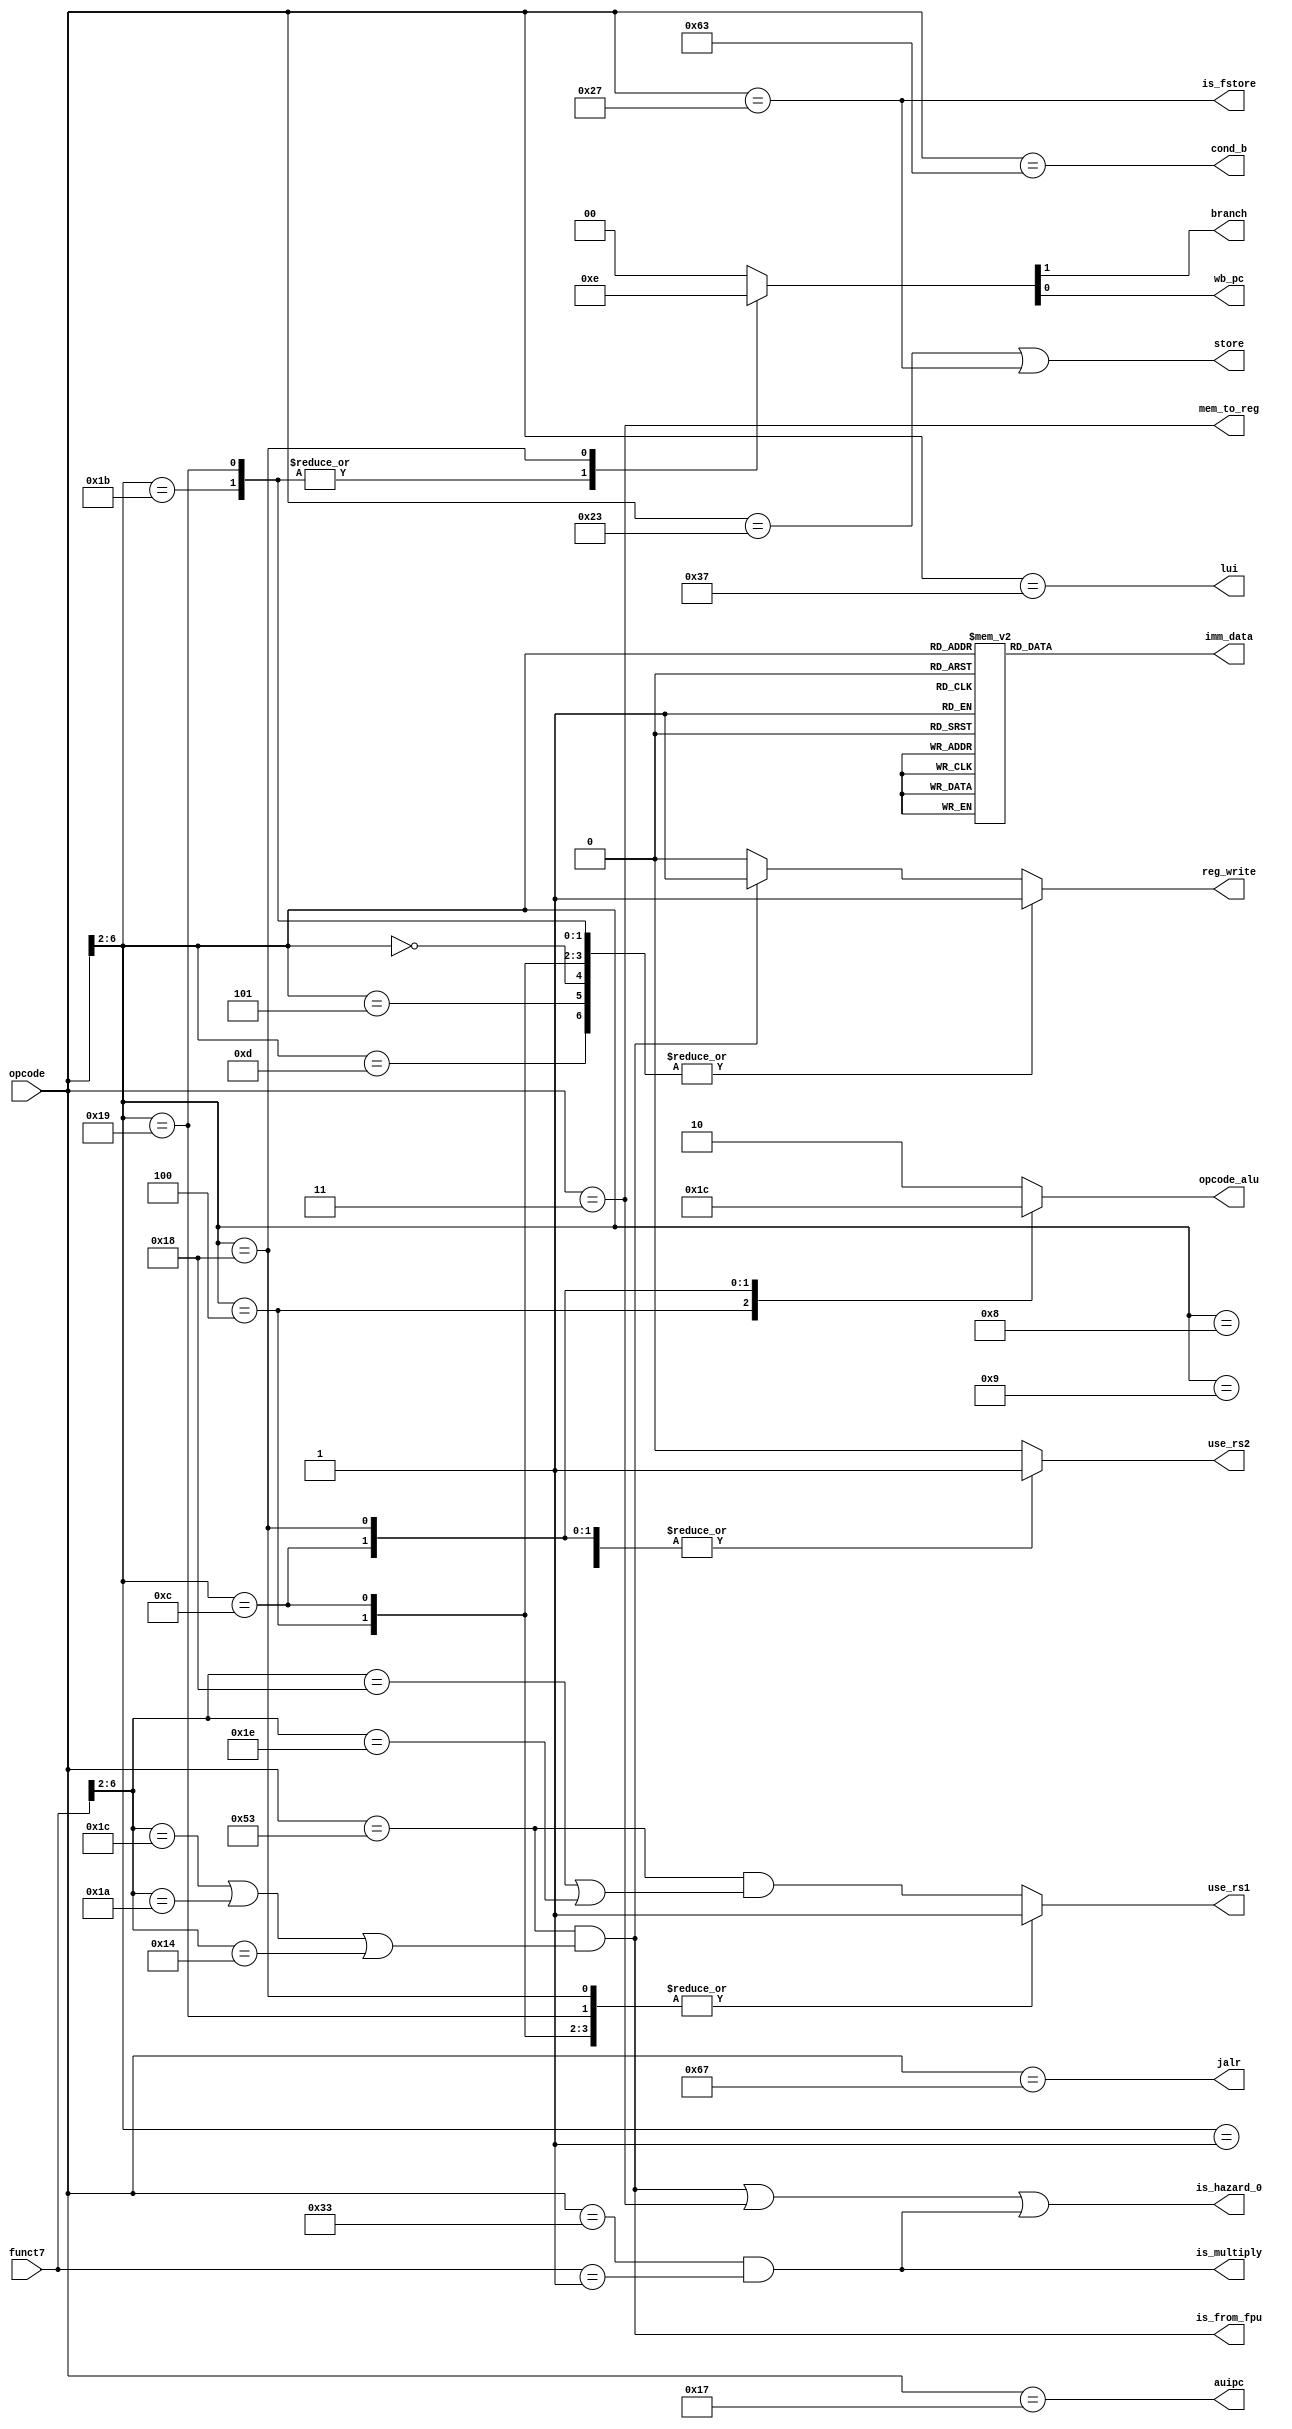
module control(
    opcode,
    funct7,
    reg_write,
    imm_data,
    opcode_alu,
    mem_to_reg,
    branch,
    wb_pc,
    cond_b,
    store,
    is_from_fpu,
    is_multiply,
    jalr,
    auipc,
    lui,
    is_fstore,
    is_hazard_0,
    use_rs1,
    use_rs2);

    input [6:0] opcode;
    input [6:0] funct7;
    output reg reg_write;
    output reg imm_data;
    output reg [1:0] opcode_alu;
    output mem_to_reg;
    output reg branch;
    output reg wb_pc;
    output cond_b;
    output store;
    output is_from_fpu;
    output is_multiply;
    output jalr;
    output auipc;
    output lui;
    output is_fstore;
    output is_hazard_0;
    output reg use_rs1;
    output reg use_rs2;

    wire is_ftoi;
    wire is_itof;

    assign is_from_fpu = is_ftoi;

    assign cond_b = (opcode == 7'b1100011); 
    assign store = ((opcode == 7'b0100011)|(opcode == 7'b0100111));
    assign mem_to_reg = (opcode == 7'b0000011);//load
    assign jalr = (opcode == 7'b1100111);
    assign lui = (opcode == 7'b0110111);
    assign auipc = (opcode == 7'b0010111);
    assign is_fstore = (opcode == 7'b0100111);
    assign is_ftoi = (opcode == 7'b1010011) & ((funct7[6:2] == 5'b11100) | (funct7[6:2] == 5'b11010) | (funct7[6:2] == 5'b10100));
    assign is_hazard_0 = is_ftoi | mem_to_reg | is_multiply;

    assign is_itof = (opcode == 7'b1010011) & ((funct7[6:2] == 5'b11000) | (funct7[6:2] == 5'b11110));
    assign is_multiply = (opcode == 7'b0110011) & (funct7 == 7'b0000001);


    always @(*) begin
        case(opcode[6:2])
            5'b00100: reg_write <= 1'b1;//op_imm
            5'b01100: reg_write <= 1'b1;//op
            5'b11011: reg_write <= 1'b1;//JAL
            5'b11001: reg_write <= 1'b1;//JALR
            5'b00000: reg_write <= 1'b1;//LOAD
            5'b01101: reg_write <= 1'b1; //lui
            5'b00101: reg_write <= 1'b1; //auipc
            default: reg_write <= (is_ftoi ? 1'b1 : 1'b0);
        endcase
    end

    always @ (*) begin
        case(opcode[6:2])
            5'b11001: use_rs1 <= 1'b1; //jalr
            5'b11000: use_rs1 <= 1'b1; //branch
            5'b00000: use_rs1 <= 1'b1; //load
            5'b01000: use_rs1 <= 1'b1; //store
            5'b00100: use_rs1 <= 1'b1; //opimm
            5'b01100: use_rs1 <= 1'b1; //op
            5'b00001: use_rs1 <= 1'b1; //fload
            5'b01001: use_rs1 <= 1'b1; //fstore
            default:  use_rs1 <= is_itof;
        endcase
    end

    always @ (*) begin
        case(opcode[6:2])
            5'b11000: use_rs2 <= 1'b1; //branch
            5'b01000: use_rs2 <= 1'b1; //store
            5'b01100: use_rs2 <= 1'b1; //op
            5'b01001: use_rs2 <= 1'b1; //fstore
            default:  use_rs2 <= 1'b0;
        endcase
    end


    //jal use immediate directly.
    always @(*) begin
        case(opcode[6:2]) 
            5'b00100: imm_data <= 1'b1;//opimm
            5'b00000: imm_data <= 1'b1;//load
            5'b01000: imm_data <= 1'b1;//store
            5'b00001: imm_data <= 1'b1;//fload
            5'b01001: imm_data <= 1'b1;//fstore
            5'b11001: imm_data <= 1'b1;//jalr
            5'b01100: imm_data <= 1'b0;//op
            5'b01101: imm_data <= 1'b1; //lui
            5'b00101: imm_data <= 1'b1; //auipc
            default: imm_data <= 1'b0;
        endcase
    end

    // 2'b10 always alu add
    always @(*) begin
        case(opcode[6:2])
            5'b00100: opcode_alu <= 2'b01; //opimm
            5'b01100: opcode_alu <= 2'b11; // op
            5'b11000: opcode_alu <= 2'b00; //BRANCH
            5'b11001: opcode_alu <= 2'b10; //jalr
            default: opcode_alu <= 2'b10;
        endcase
    end


    always @(*) begin
        case(opcode[6:2])
            5'b11011: {branch,wb_pc} <= 2'b11; //jal
            5'b11001: {branch,wb_pc} <= 2'b11; //jalr
            5'b11000: {branch,wb_pc} <= 2'b10; //conditinoal branch
            default: {branch,wb_pc} <= 2'b00;
        endcase
    end



endmodule